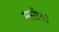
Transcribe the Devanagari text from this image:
मसीतां